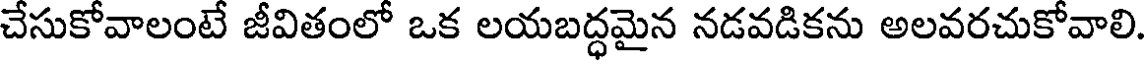
చేసుకోవాలంటే జీవితంలో ఒక లయబద్ధమైన నడవడికను అలవరచుకోవాలి